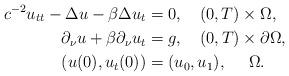
LaTeX: \begin{align*}c^{-2}u_{tt} -\Delta u- \beta \Delta u_t &= 0,\quad(0,T)\times\Omega,\\ \partial_\nu u+ \beta \partial_\nu u_t&= g,\quad(0,T)\times\partial\Omega,\\ (u(0),u_t(0)) &= (u_0,u_1) ,\quad\ \Omega. \end{align*}